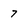
Character: 7